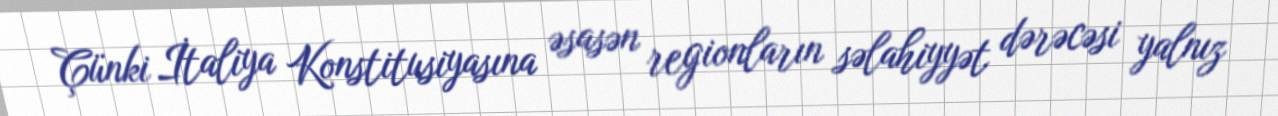
Çünki İtaliya Konstitusiyasına əsasən regionların səlahiyyət dərəcəsi yalnız